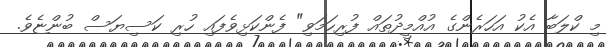
މި ކްލަބާ އެކު އަހަރެންގެ އުއްމީދުތައް ފުރިހަމަވި" ފެންކަޅިވެފައި ހުރި ކަސިޔަސް ބުންޏެވެ.